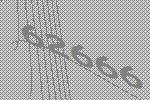
62666